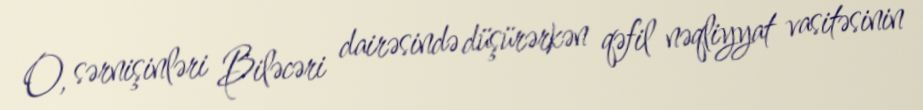
O, sərnişinləri Biləcəri dairəsində düşürərkən qəfil nəqliyyat vasitəsinin